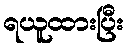
ရယူထားပြီး